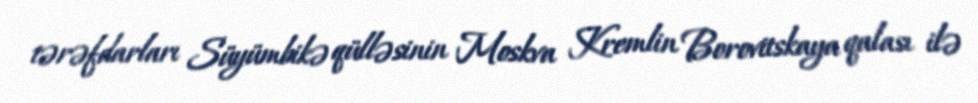
tərəfdarları Süyümbikə qülləsinin Moskva Kremlin Borovitskaya qalası ilə